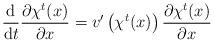
LaTeX: \begin{gather*}\frac{\mathrm{d}}{\mathrm{d}t}\frac{\partial\chi^{t}(x)}{\partial x}=v^{\prime}\left(\chi^{t}(x)\right)\frac{\partial\chi^{t}(x)}{\partial x}\end{gather*}